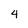
Character: 4